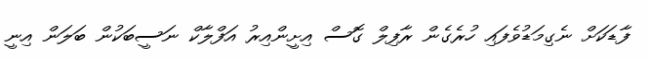
ފާޑަކަށް ނެގިމަޑުވެފައި ހުރެގެން ރާފިލް ގޮސް އިށީންއިރު އަފްލާކް ނަސީބަކުން ބަލަން އިނީ